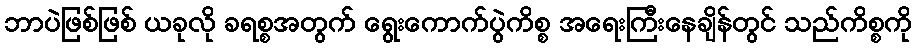
ဘာပဲဖြစ်ဖြစ် ယခုလို ခရစ္စအတွက် ရွေးကောက်ပွဲကိစ္စ အရေးကြီးနေချိန်တွင် သည်ကိစ္စကို